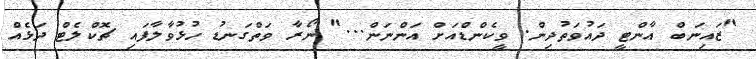
"ޒައިނަބް އާންޓީ ދައުވަތުދިން. ވީކެންޑްއަށް އަންނަން..." ނޯރާ ވަތްގަނޑު ހުޅުވާލާފައި ޗޮކްލެޓް ދަޅެއް